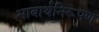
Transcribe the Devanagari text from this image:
भावार्थनिरूपण